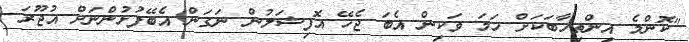
"ކޮންމެ އިންތިހާބަކަށް ހަމަ ވަކިން އެބަ ޖެހޭ އޮފިޝަލުން ނަގަން އެބޭފުޅުންނަށް އުޖޫރަ